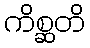
ကိစ္ဆတိ